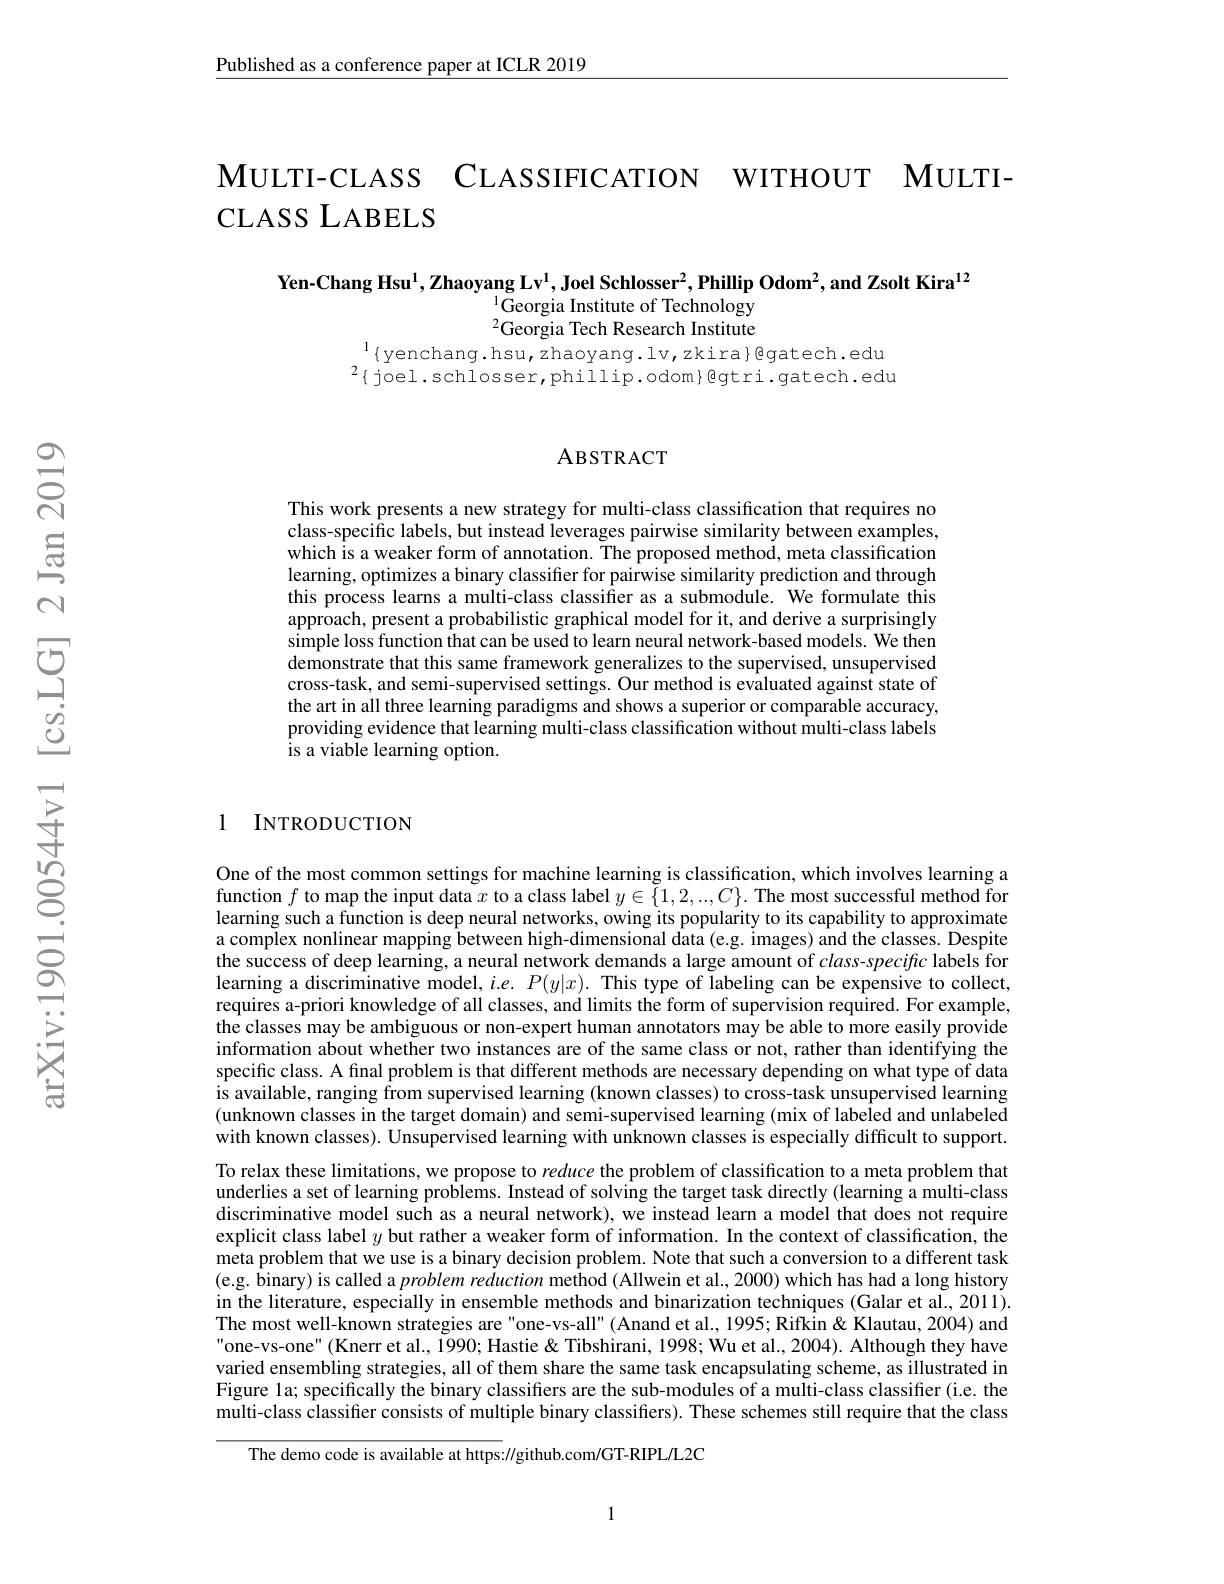
$\underline{\text{Published as a conference paper at ICLR 2019}}$

$\textbf{MULTI- CLASS}$ CLASSIFICATION WITHOUT MULTI- CLASS LABELS

Yen-Chang Hsu$^1,\textbf{Zhaoyang Lv}^1,\textbf{Joel Schlosser}^2,\textbf{Phillip Odom}^2$,and Zsolt Kira$^{12}$
$^{1}$Georgia Institute of Technology $^{2}$Georgia Tech Research Institute

$^{1}\{$yenchang.hsu,zhaoyang.lv,zkira}@gatech.edu$^{1}\{$yenchang.hsu,zhaoyang.lv,zkira}@gatech.edu

$^{2}\{$joel.schlosser,phillip.odom}@gtri.gatech.edu

### ABSTRACT

This work presents a new strategy for multi-class classification that requires no class-specific labels, but instead leverages pairwise similarity between examples, which is a weaker form of annotation. The proposed method, meta classification learning, optimizes a binary classifier for pairwise similarity prediction and through this process learns a multi-class classiffer as a submodule. We formulate this $\hat{\text{approach, present a probabilistic graphical model for it, and derive a surprisingly}}$ simple loss function that can be used to learn neural network-based models. We then demonstrate that this same framework generalizes to the supervised, unsupervised cross-task, and semi-supervised settings. Our method is evaluated against state of the art in all three learning paradigms and shows a superior or comparable accuracy, providing evidence that learning multi-class classification without multi-class labels is a viable learning option.

1 INTRODUCTION

One of the most common settings for machine learning is classification, which involves learning a function $f$ to map the input data $x$ to a class label $y\in\tilde{\{}1,2,..,C\}.$ The most successful method for learning such a function is deep neural networks, owing its popularity to its capability to approximate a complex nonlinear mapping between high-dimensional data (e.g. images) and the classes. Despite the success of deep learning, a neural network demands a large amount of $class-speciftc$ labels for learning a discriminative model, $i.e.P(y|x).$ This type of labeling can be expensive to collect, requires a-priori knowledge of all classes, and limits the form of supervision required. For example, the classes may be ambiguous or non-expert human annotators may be able to more easily provide information about whether two instances are of the same class or not, rather than identifying the specific class. A final problem is that different methods are necessary depending on what type of data is available, ranging from supervised learning (known classes) to cross-task unsupervised learning (unknown classes in the target domain) and semi-supervised learning (mix of labeled and unlabeled with known classes). Unsupervised learning with unknown classes is especially difficult to support. To relax these limitations, we propose to reduce the problem of classification to a meta problem that underlies a set of learning problems. Instead of solving the target task directly (learning a multi-class discriminative model such as a neural network), we instead learn a model that does not require explicit class label $y$ but rather a weaker form of information. In the context of classification, the meta problem that we use is a binary decision problem. Note that such a conversion to a different task (e.g. binary) is called a problem reduction method (Allwein et al., 2000) which has had a long history in the literature, especially in ensemble methods and binarization techniques (Galar et al., 2011). The most well-known strategies are "one-vs-all" (Anand et al., 1995; Rifkin & Klautau, 2004) and "one-vs-one" (Knerr et al., 1990; Hastie & Tibshirani, 1998; Wu et al., 2004). Although they have varied ensembling strategies, all of them share the same task encapsulating scheme, as illustrated in Figure la; specifically the binary classifiers are the sub-modules of a multi-class classifier (i.e. the multi-class classifier consists of multiple binary classifiers). These schemes still require that the class

The demo code is available at https://github.com/GT-RIPL/L2C